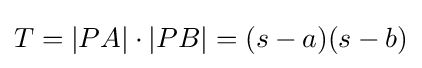
T=|PA|\cdot |PB|=(s-a)(s-b)